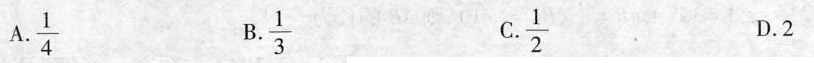
A.\frac{1}{4} B.\frac{1}{3} C.\frac{1}{2} D.2